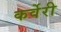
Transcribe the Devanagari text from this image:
कर्वेरी